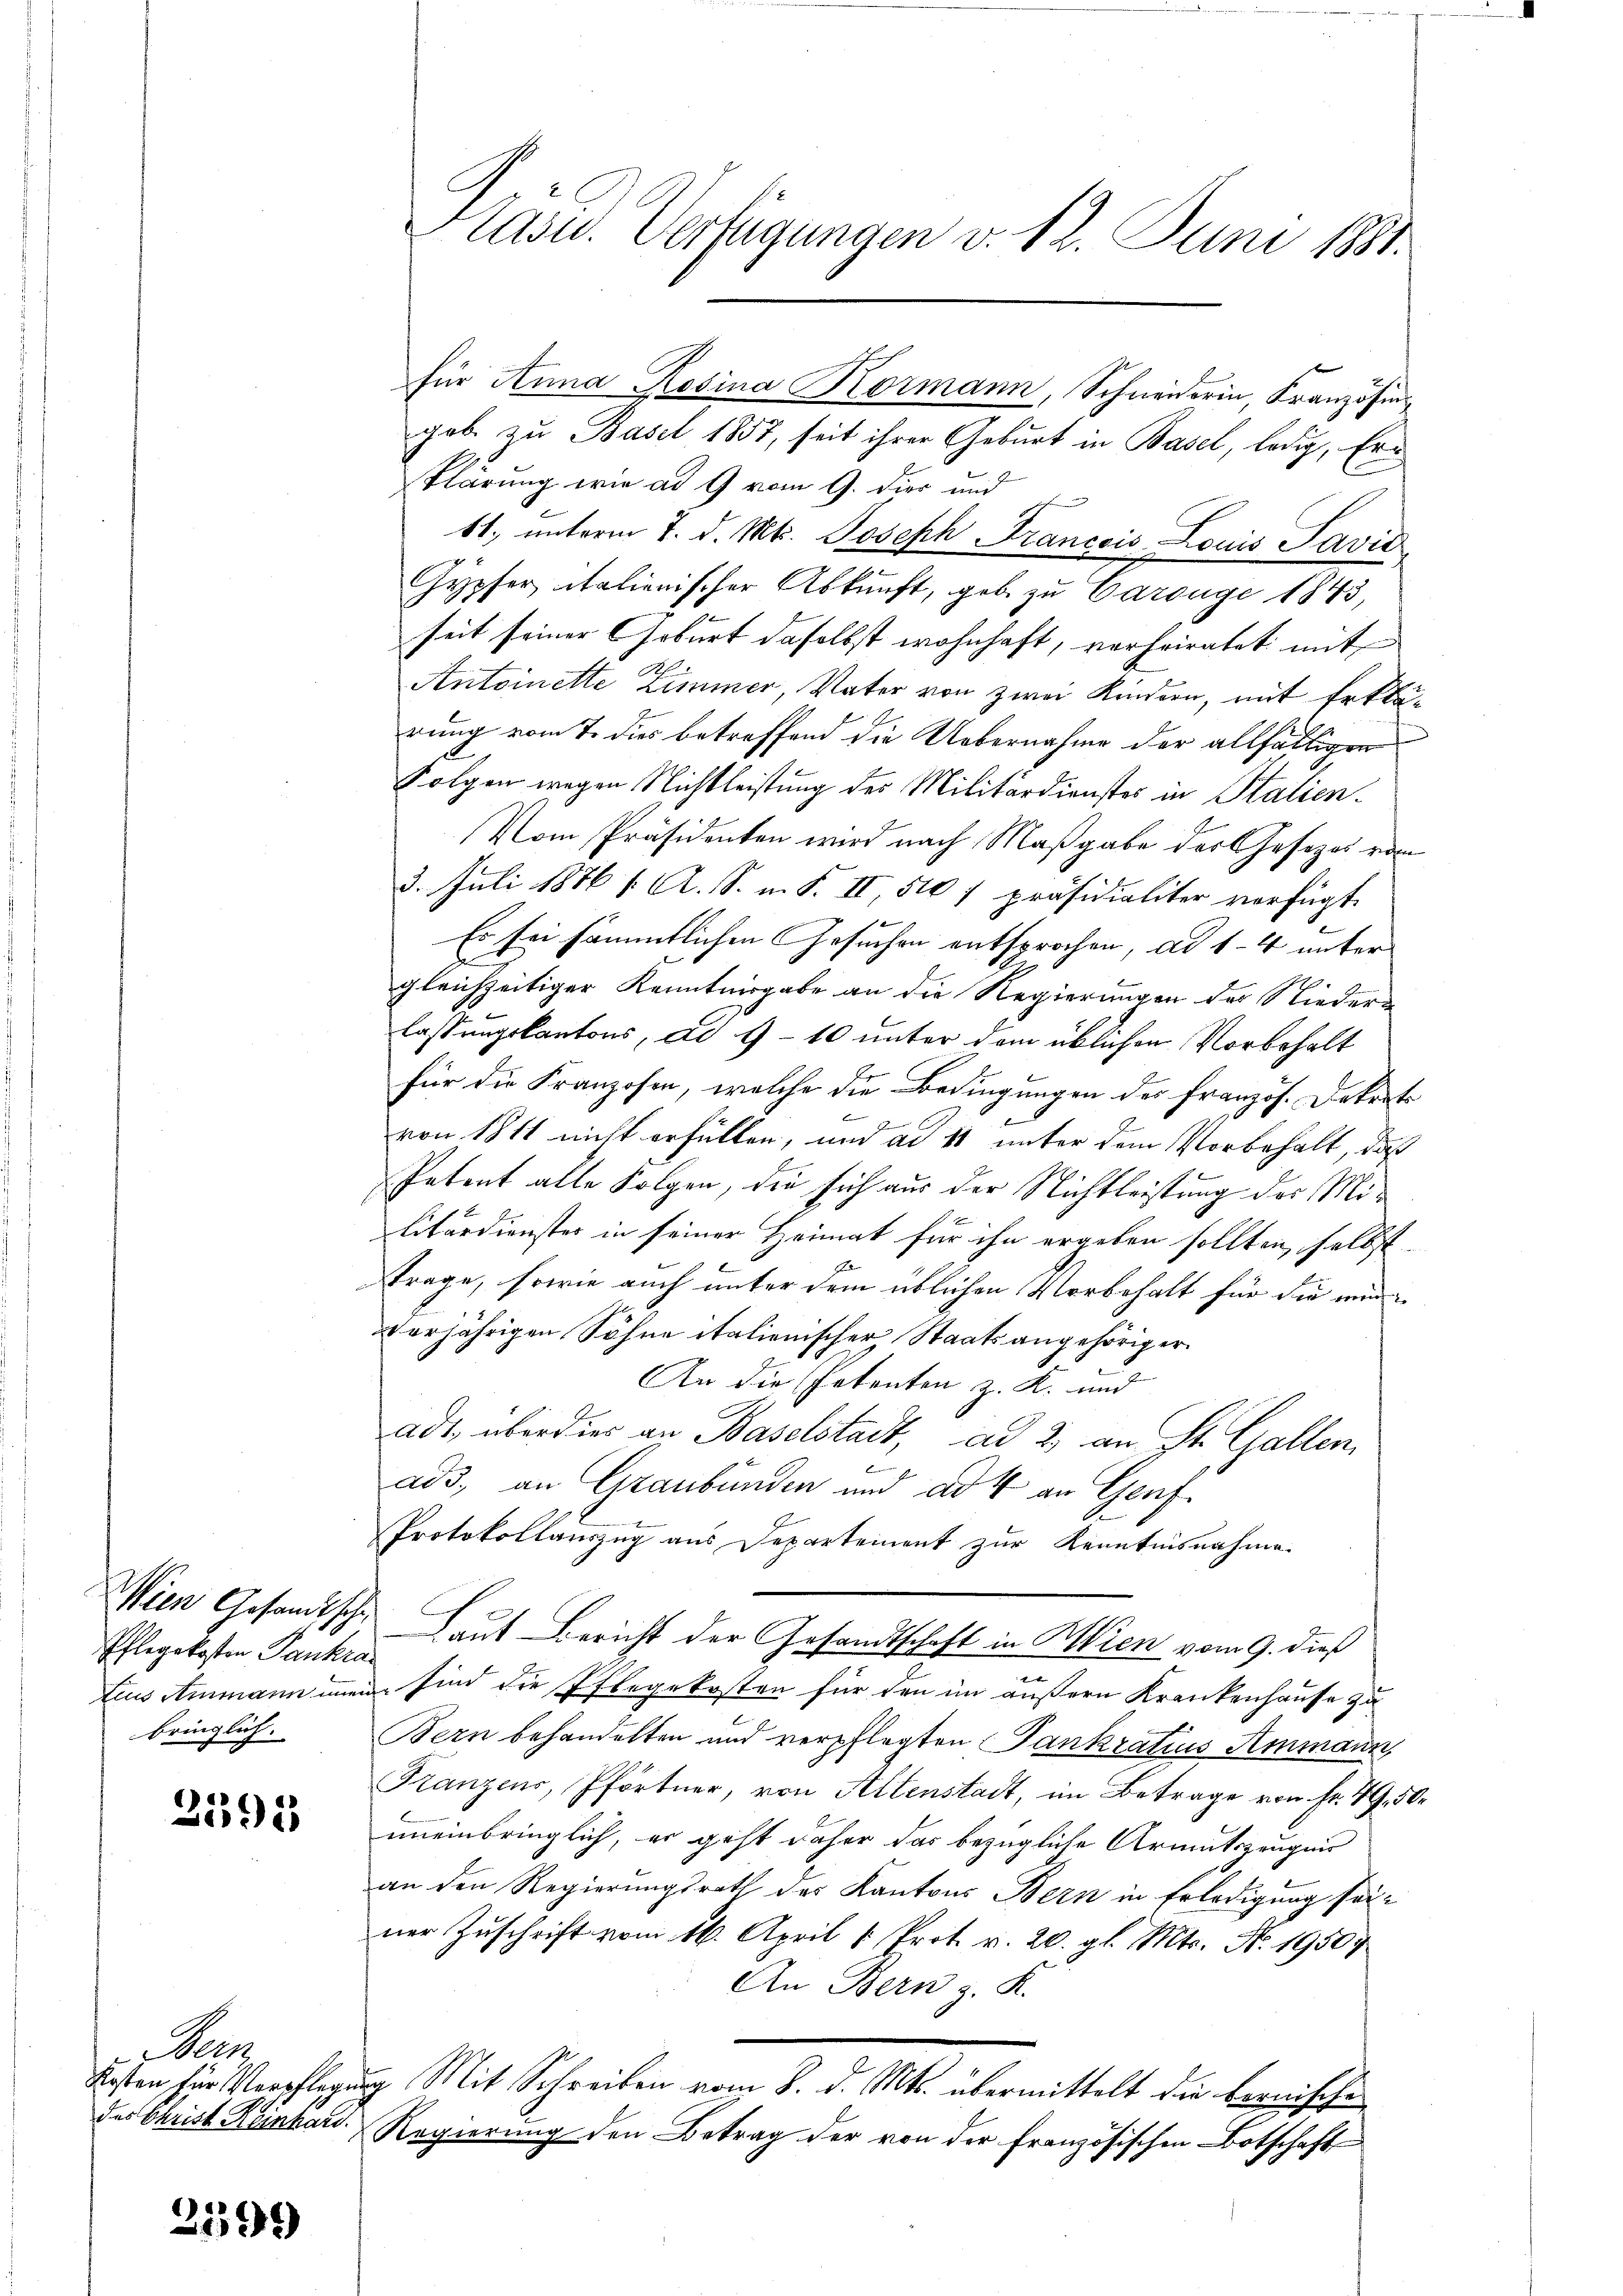
Pflegekosten Tankran
bringlich.

2395

c

2599)

gob. zu Basel 1857, seit ihrer Geburt in Basel, ledig, Erklärung wie ad 9 vom 9. Dier und
61, unterm 7. d. Mts. Joseph Francois Louis Savis
Gypfer italienischer Abkunft, geb. zu Carouge 1843,
seit seiner Geburt daselbst wohnhaft, verheiratet mit
Antoinette Zimmer, Vater von zwei Kindern, mit Erklärung vom 7. dies betreffend die Uebernahme der allfälligen
Folgen wegen Nichtleistung des Militärdienstes in Stalien-
Vom Präsidenten wird nach Maßgabe der Gesezes vom
3. Juli 1876 f. A. S. m. S. II 510 f präsidialiter verfügt.
Es sei sämmtlichen Gesuchen entsprochen, ad 14 unter
gleichzeitiger Kenntnisgabe an die Regierungen der Niederlassungskantons, ad 9-10 unter dem üblichen Vorbehalt
E
für die Franzosen, welche die Bedingungen des französ. Dekrete
von 1811 nicht erfüllen, und ad 11 unter dem Vorbehalt, daß
Petent alle Folgen, die sich aus der Nichtleistung des Militärdienster in seiner Heimat für ihn ergeben sollten, selbst
trage, sowie auch unter dem üblichen Vorbehalt für die mi
verjährigen Söhne italienischer Staatsangehöriger
An die Petenten z. K. und
adt, überdies an Baselstadt, ad 2 an St. Gallen,
J
ads, an Graubünden und ad 4 an Genf
Protokollauszug aus Departement zur Kenntnisnahme.
Wien Gesandtsche Laut Bericht der Gesandtschaft in Wien vom 9. dieß
n
Eius Ammann immen sind die Pflegekosten für den im äußern Krankenhause zu
Bern behandelten und verpflegten Tankratius Ammann,
Franzens, Pförtner, von Altenstadt, im Betrage von Fr. 49, 50.
uneinbringlich, er geht daher das bezügliche Armutszeugnis
an den Regierungsrath des Kantons Bern in Erledigung seiner Zuschrift vom 16. April 1. Prot. v. 20. gl. Mts. Nr. 19507
An Bern z. K.
Kosten für Verpflegung Mit Schreiben vom 8. d. Mts. übermittelt die bernischen
des Christ Heinkau. Regierung den Betrag der von der Französischen Botschaft

Pasid. Verfügungen v. 12. Juni 1881.

für Anna Rosina Kormann, Schneiderin, Französi